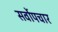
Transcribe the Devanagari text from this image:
सर्वोपचार